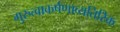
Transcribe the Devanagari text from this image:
गुरुत्वाकर्षणाव्यतिरिक्त